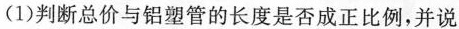
(1)判断总价与铝塑管的长度是否成正比例，并说